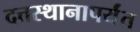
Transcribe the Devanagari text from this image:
दत्तस्थानापर्यंत